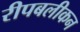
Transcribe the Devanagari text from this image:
रीपबलीकन